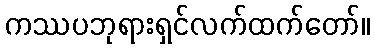
ကဿပဘုရားရှင်လက်ထက်တော်။